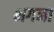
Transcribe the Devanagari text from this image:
भगना